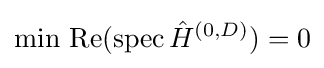
{\text{min Re}}(\operatorname {spec} {\hat {H}}^{(0,D)})=0